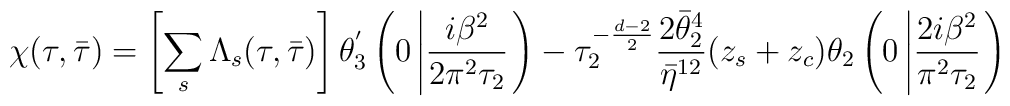
\chi(\tau,\bar{\tau})=\left[\sum_{s}\Lambda_{s}(\tau,\bar{\tau})\right]\theta_{3}^{'}\left(0\left|\frac{i\beta^{2}}{2\pi^{2}\tau_{2}}\right.\right)-\tau^{-\frac{d-2}{2}}_{2}\frac{2\bar{\theta}_{2}^{4}}{\bar{\eta}^{12}}(z_{s}+z_{c})\theta_{2}\left(0\left|\frac{2i\beta^{2}}{\pi^{2}\tau_{2}}\right.\right)